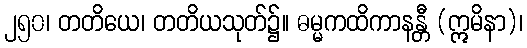
၂၅၀၊ တတိယေ၊ တတိယသုတ်၌။ ဓမ္မကထိကာနန္တီ (ဣမိနာ)၊